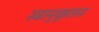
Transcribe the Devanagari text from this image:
स्वानुकूलन